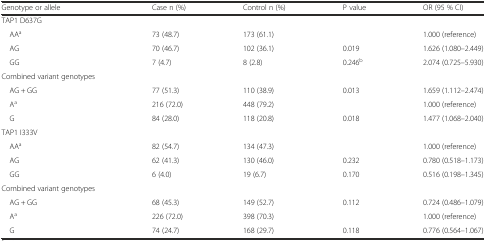
<table><thead><tr><td><b>Genotype or allele</b></td><td><b>Case n (%)</b></td><td><b>Control n (%)</b></td><td><b>P value</b></td><td><b>OR (95 % CI)</b></td></tr></thead><tbody><tr><td>TAP1 D637G</td><td></td><td></td><td></td><td></td></tr><tr><td> AA<sup>a</sup></td><td>73 (48.7)</td><td>173 (61.1)</td><td></td><td>1.000 (reference)</td></tr><tr><td> AG</td><td>70 (46.7)</td><td>102 (36.1)</td><td>0.019</td><td>1.626 (1.080–2.449)</td></tr><tr><td> GG</td><td>7 (4.7)</td><td>8 (2.8)</td><td>0.246<sup>b</sup></td><td>2.074 (0.725–5.930)</td></tr><tr><td>Combined variant genotypes</td><td></td><td></td><td></td><td></td></tr><tr><td> AG + GG</td><td>77 (51.3)</td><td>110 (38.9)</td><td>0.013</td><td>1.659 (1.112–2.474)</td></tr><tr><td> A<sup>a</sup></td><td>216 (72.0)</td><td>448 (79.2)</td><td></td><td>1.000 (reference)</td></tr><tr><td> G</td><td>84 (28.0)</td><td>118 (20.8)</td><td>0.018</td><td>1.477 (1.068–2.040)</td></tr><tr><td>TAP1 I333V</td><td></td><td></td><td></td><td></td></tr><tr><td> AA<sup>a</sup></td><td>82 (54.7)</td><td>134 (47.3)</td><td></td><td>1.000 (reference)</td></tr><tr><td> AG</td><td>62 (41.3)</td><td>130 (46.0)</td><td>0.232</td><td>0.780 (0.518–1.173)</td></tr><tr><td> GG</td><td>6 (4.0)</td><td>19 (6.7)</td><td>0.170</td><td>0.516 (0.198–1.345)</td></tr><tr><td>Combined variant genotypes</td><td></td><td></td><td></td><td></td></tr><tr><td> AG + GG</td><td>68 (45.3)</td><td>149 (52.7)</td><td>0.112</td><td>0.724 (0.486–1.079)</td></tr><tr><td> A<sup>a</sup></td><td>226 (72.0)</td><td>398 (70.3)</td><td></td><td>1.000 (reference)</td></tr><tr><td> G</td><td>74 (24.7)</td><td>168 (29.7)</td><td>0.118</td><td>0.776 (0.564–1.067)</td></tr></tbody></table>